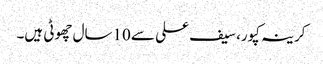
کرینہ کپور، سیف علی سے 10سال چھوٹی ہیں۔